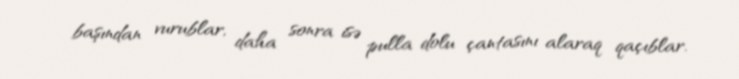
başından vurublar, daha sonra isə pulla dolu çantasını alaraq qaçıblar.